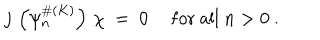
j \, \left( \psi _ { n } ^ { \# ( K ) } \right) \, \chi \ = \ 0 \ \quad \mathrm { f o r \ a l l } \ n > 0 \ .